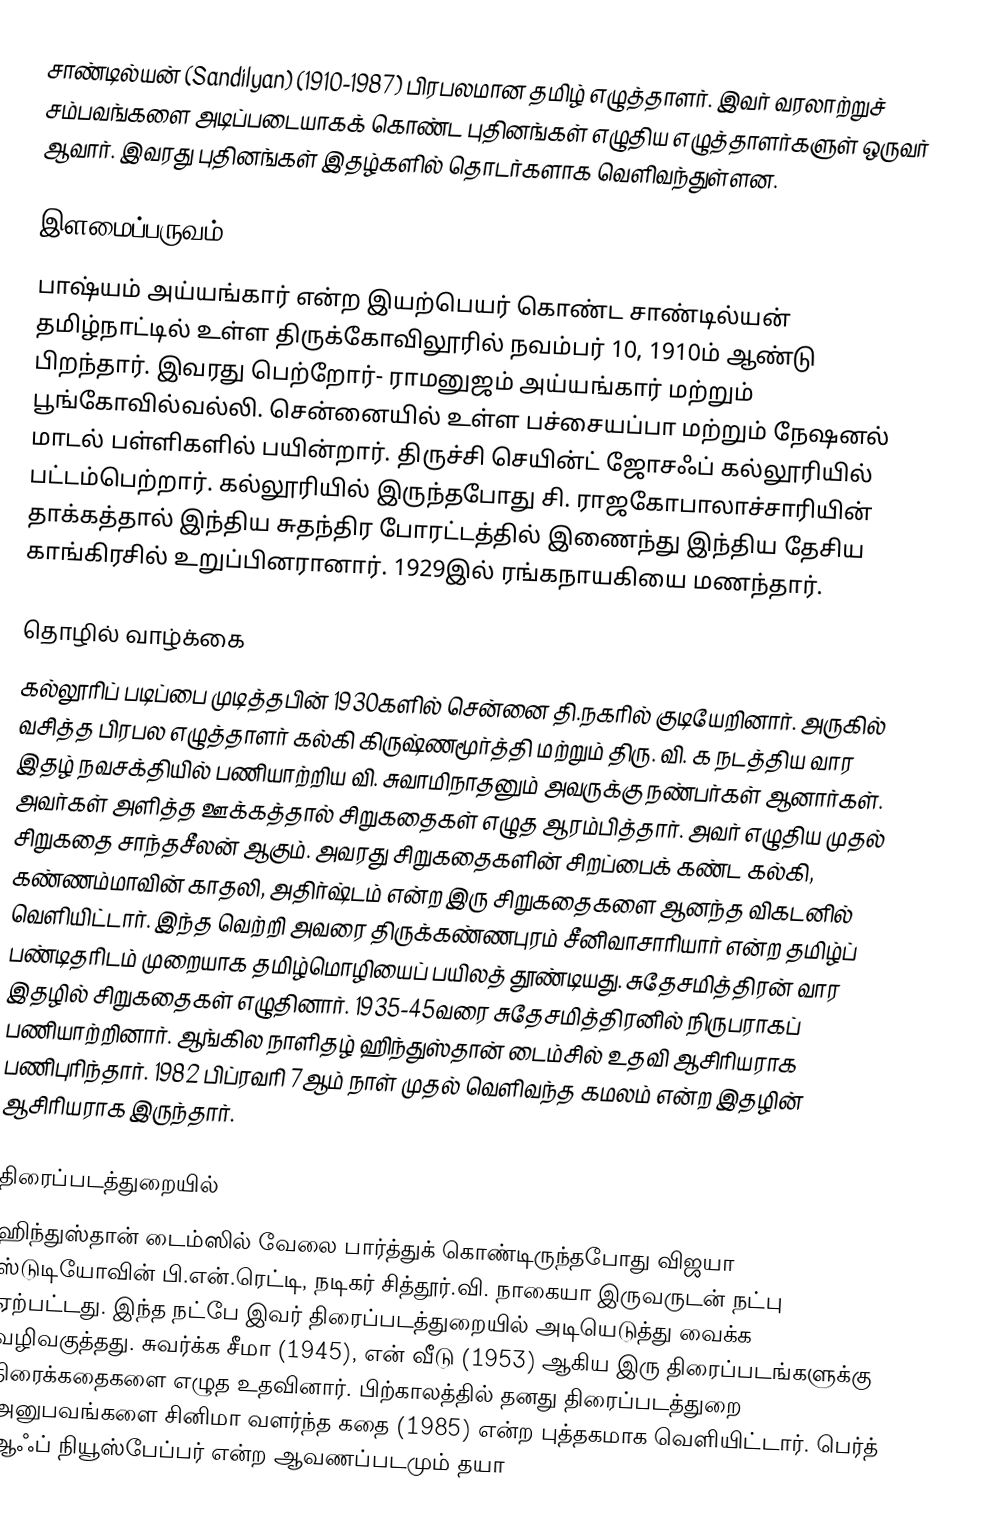
சாண்டில்யன் (Sandilyan) (1910-1987) பிரபலமான தமிழ் எழுத்தாளர். இவர் வரலாற்றுச் சம்பவங்களை அடிப்படையாகக் கொண்ட புதினங்கள் எழுதிய எழுத்தாளர்களுள் ஒருவர் ஆவார். இவரது புதினங்கள் இதழ்களில் தொடர்களாக வெளிவந்துள்ளன.

இளமைப்பருவம்
பாஷ்யம் அய்யங்கார் என்ற இயற்பெயர் கொண்ட சாண்டில்யன் தமிழ்நாட்டில் உள்ள திருக்கோவிலூரில் நவம்பர் 10, 1910ம் ஆண்டு பிறந்தார்.  இவரது பெற்றோர்- ராமனுஜம் அய்யங்கார் மற்றும் பூங்கோவில்வல்லி. சென்னையில் உள்ள பச்சையப்பா மற்றும் நேஷனல் மாடல் பள்ளிகளில் பயின்றார். திருச்சி செயின்ட் ஜோசஃப் கல்லூரியில் பட்டம்பெற்றார். கல்லூரியில் இருந்தபோது சி. ராஜகோபாலாச்சாரியின் தாக்கத்தால் இந்திய சுதந்திர போரட்டத்தில் இணைந்து இந்திய தேசிய காங்கிரசில் உறுப்பினரானார். 1929இல் ரங்கநாயகியை மணந்தார்.

தொழில் வாழ்க்கை
கல்லூரிப் படிப்பை முடித்தபின் 1930களில் சென்னை தி.நகரில் குடியேறினார். அருகில் வசித்த பிரபல எழுத்தாளர் கல்கி கிருஷ்ணமூர்த்தி மற்றும் திரு. வி. க நடத்திய வார இதழ் நவசக்தியில் பணியாற்றிய வி. சுவாமிநாதனும் அவருக்கு நண்பர்கள் ஆனார்கள்.  அவர்கள் அளித்த ஊக்கத்தால் சிறுகதைகள் எழுத ஆரம்பித்தார். அவர் எழுதிய முதல் சிறுகதை சாந்தசீலன் ஆகும். அவரது சிறுகதைகளின் சிறப்பைக் கண்ட கல்கி, கண்ணம்மாவின் காதலி, அதிர்ஷ்டம் என்ற இரு சிறுகதைகளை ஆனந்த விகடனில் வெளியிட்டார். இந்த வெற்றி அவரை திருக்கண்ணபுரம் சீனிவாசாரியார் என்ற தமிழ்ப் பண்டிதரிடம் முறையாக தமிழ்மொழியைப் பயிலத் தூண்டியது. சுதேசமித்திரன் வார இதழில் சிறுகதைகள் எழுதினார். 1935-45வரை சுதேசமித்திரனில் நிருபராகப் பணியாற்றினார். ஆங்கில நாளிதழ் ஹிந்துஸ்தான் டைம்சில் உதவி ஆசிரியராக பணிபுரிந்தார். 1982 பிப்ரவரி 7ஆம் நாள் முதல் வெளிவந்த கமலம் என்ற இதழின் ஆசிரியராக இருந்தார்.

திரைப்படத்துறையில்
ஹிந்துஸ்தான் டைம்ஸில் வேலை பார்த்துக் கொண்டிருந்தபோது விஜயா ஸ்டுடியோவின் பி.என்.ரெட்டி, நடிகர் சித்தூர்.வி. நாகையா இருவருடன் நட்பு ஏற்பட்டது. இந்த நட்பே இவர் திரைப்படத்துறையில் அடியெடுத்து வைக்க வழிவகுத்தது. சுவர்க்க சீமா (1945), என் வீடு (1953) ஆகிய இரு திரைப்படங்களுக்கு திரைக்கதைகளை எழுத உதவினார். பிற்காலத்தில் தனது திரைப்படத்துறை அனுபவங்களை சினிமா வளர்ந்த கதை (1985) என்ற புத்தகமாக வெளியிட்டார். பெர்த் ஆஃப் நியூஸ்பேப்பர் என்ற ஆவணப்படமும் தயா